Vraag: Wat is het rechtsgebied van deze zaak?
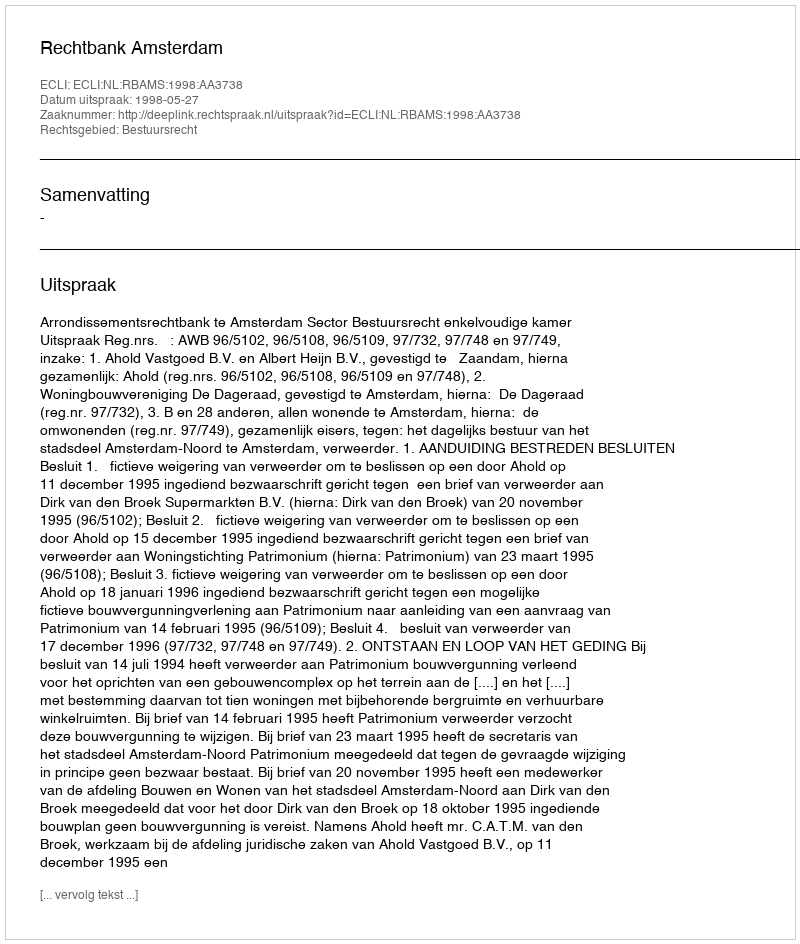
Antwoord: Bestuursrecht